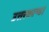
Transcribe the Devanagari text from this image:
उत्तरकाण्ड।